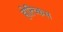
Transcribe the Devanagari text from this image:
होत्च्किस